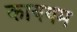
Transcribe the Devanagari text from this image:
काययम